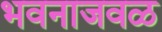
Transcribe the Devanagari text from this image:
भवनाजवळ